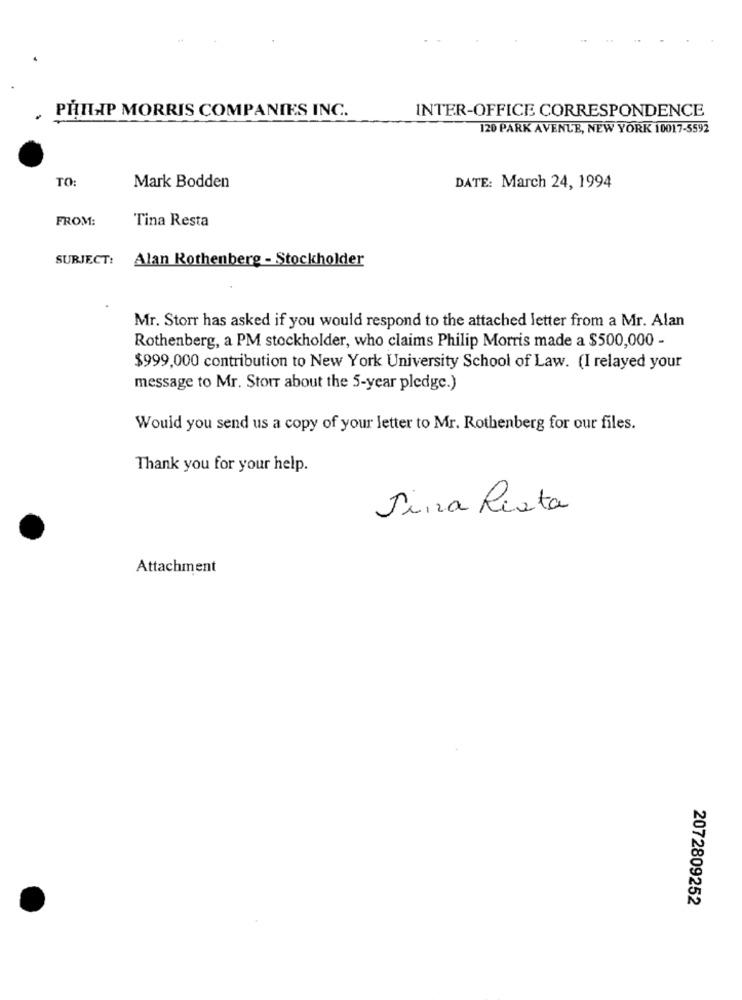
INTER-OFFICE CORRESPONDENCE
.
PHILIP MORRIS COMPANIES INC.
120 PARK AVENUE, NEW YORK 10017-5592
TO:
Mark Bodden
DATE: March 24, 1994
FROM:
Tina Resta
SUBJECT: Alan Rothenberg - Stockholder
Mr. Storr has asked if you would respond to the attached letter from a Mr. Alan
Rothenberg, a PM stockholder, who claims Philip Morris made a $500,000 -
$999,000 contribution to New York University School of Law. (I relayed your
message to Mr. Storr about the 5-year pledge.)
Would you send us a copy of your letter to Mr. Rothenberg for our files.
Thank you for your help.
Sina Resta
Attachment
2072809252